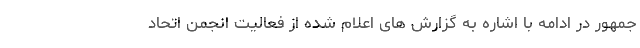
جمهور در ادامه با اشاره به گزارش های اعلام شده از فعالیت انجمن اتحاد